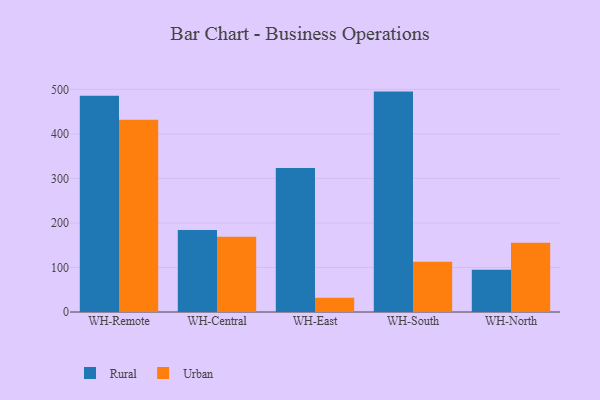
{"axis": {"x": "Warehouse", "y": "Revenue (USD Million)"}, "legend": ["Rural", "Urban"], "data": [{"x": "WH-Remote", "y": 485.7, "type": "Rural"}, {"x": "WH-Remote", "y": 431.8, "type": "Urban"}, {"x": "WH-Central", "y": 184.2, "type": "Rural"}, {"x": "WH-Central", "y": 168.8, "type": "Urban"}, {"x": "WH-East", "y": 323.7, "type": "Rural"}, {"x": "WH-East", "y": 31.9, "type": "Urban"}, {"x": "WH-South", "y": 495.1, "type": "Rural"}, {"x": "WH-South", "y": 112.9, "type": "Urban"}, {"x": "WH-North", "y": 95.0, "type": "Rural"}, {"x": "WH-North", "y": 155.8, "type": "Urban"}]}